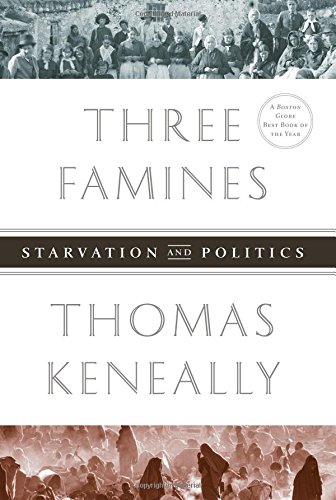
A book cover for Three Famines: Starvation and Politics; Thomas Keneally; History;